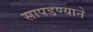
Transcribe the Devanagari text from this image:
सापडण्याने